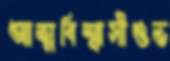
আত্মবিশ্বাসীওভ